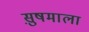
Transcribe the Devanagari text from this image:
सु़षमाला